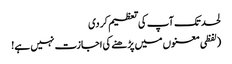
لحد تک آپ کی تعظیم کر دی
(لفظی معنوں میں پڑھنے کی اجازت نہیں ہے!